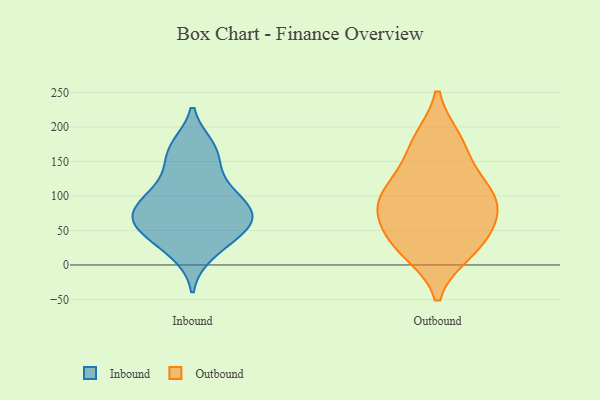
{"axis": {"x": "Energy Usage (MWh)", "y": "Value"}, "legend": ["Inbound", "Outbound"], "data": [{"x": "", "y": 60, "type": "Inbound"}, {"x": "", "y": 70, "type": "Inbound"}, {"x": "", "y": 58, "type": "Inbound"}, {"x": "", "y": 146, "type": "Inbound"}, {"x": "", "y": 70, "type": "Inbound"}, {"x": "", "y": 169, "type": "Inbound"}, {"x": "", "y": 118, "type": "Inbound"}, {"x": "", "y": 51, "type": "Inbound"}, {"x": "", "y": 93, "type": "Inbound"}, {"x": "", "y": 85, "type": "Inbound"}, {"x": "", "y": 33, "type": "Inbound"}, {"x": "", "y": 101, "type": "Inbound"}, {"x": "", "y": 172, "type": "Inbound"}, {"x": "", "y": 16, "type": "Inbound"}, {"x": "", "y": 82, "type": "Outbound"}, {"x": "", "y": 90, "type": "Outbound"}, {"x": "", "y": 175, "type": "Outbound"}, {"x": "", "y": 64, "type": "Outbound"}, {"x": "", "y": 88, "type": "Outbound"}, {"x": "", "y": 20, "type": "Outbound"}, {"x": "", "y": 116, "type": "Outbound"}, {"x": "", "y": 180, "type": "Outbound"}, {"x": "", "y": 28, "type": "Outbound"}, {"x": "", "y": 122, "type": "Outbound"}, {"x": "", "y": 34, "type": "Outbound"}]}